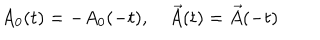
A _ { 0 } ( t ) = - A _ { 0 } ( - t ) , \quad \vec { A } ( t ) = \vec { A } ( - t )